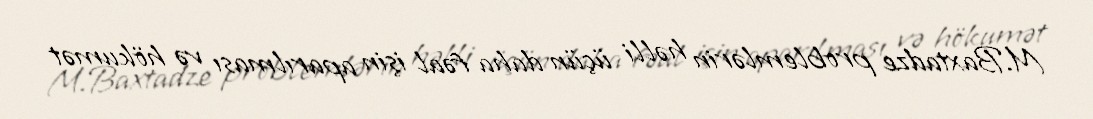
M.Baxtadze problemlərin həlli üçün daha fəal işin aparılması və hökumət